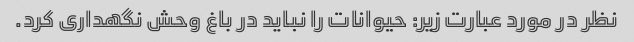
نظر در مورد عبارت زیر: حیوانات را نباید در باغ وحش نگهداری کرد.